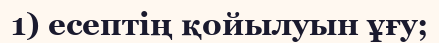
1) есептің қойылуын ұғу;